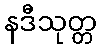
နဒီသုတ္တ